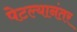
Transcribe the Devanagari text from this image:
पेटल्यानंतर